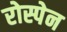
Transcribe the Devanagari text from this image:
रोस्पेन